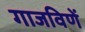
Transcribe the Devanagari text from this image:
गाजविणें